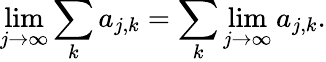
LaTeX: \operatorname*{lim}_{j\to\infty}\sum_{k}a_{j,k}=\sum_{k}\operatorname*{lim}_{j\to\infty}a_{j,k}.